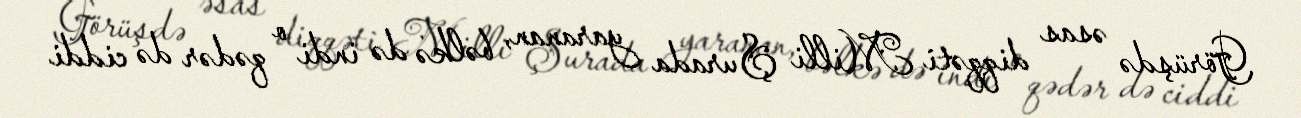
Görüşdə əsas diqqəti Milli Şurada yaranan, bəlkə də indi o qədər də ciddi